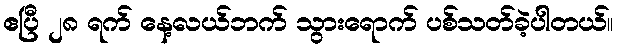
ဧပြီ ၂၈ ရက် နေ့လယ်ဘက် သွားရောက် ပစ်သတ်ခဲ့ပါတယ်။